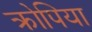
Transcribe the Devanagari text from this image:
क्रोपिया